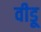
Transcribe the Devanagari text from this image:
वीडू